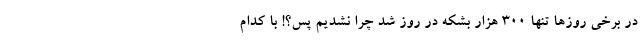
در برخی روزها تنها 300 هزار بشکه در روز شد چرا نشدیم پس؟! با کدام